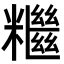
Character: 𥽖